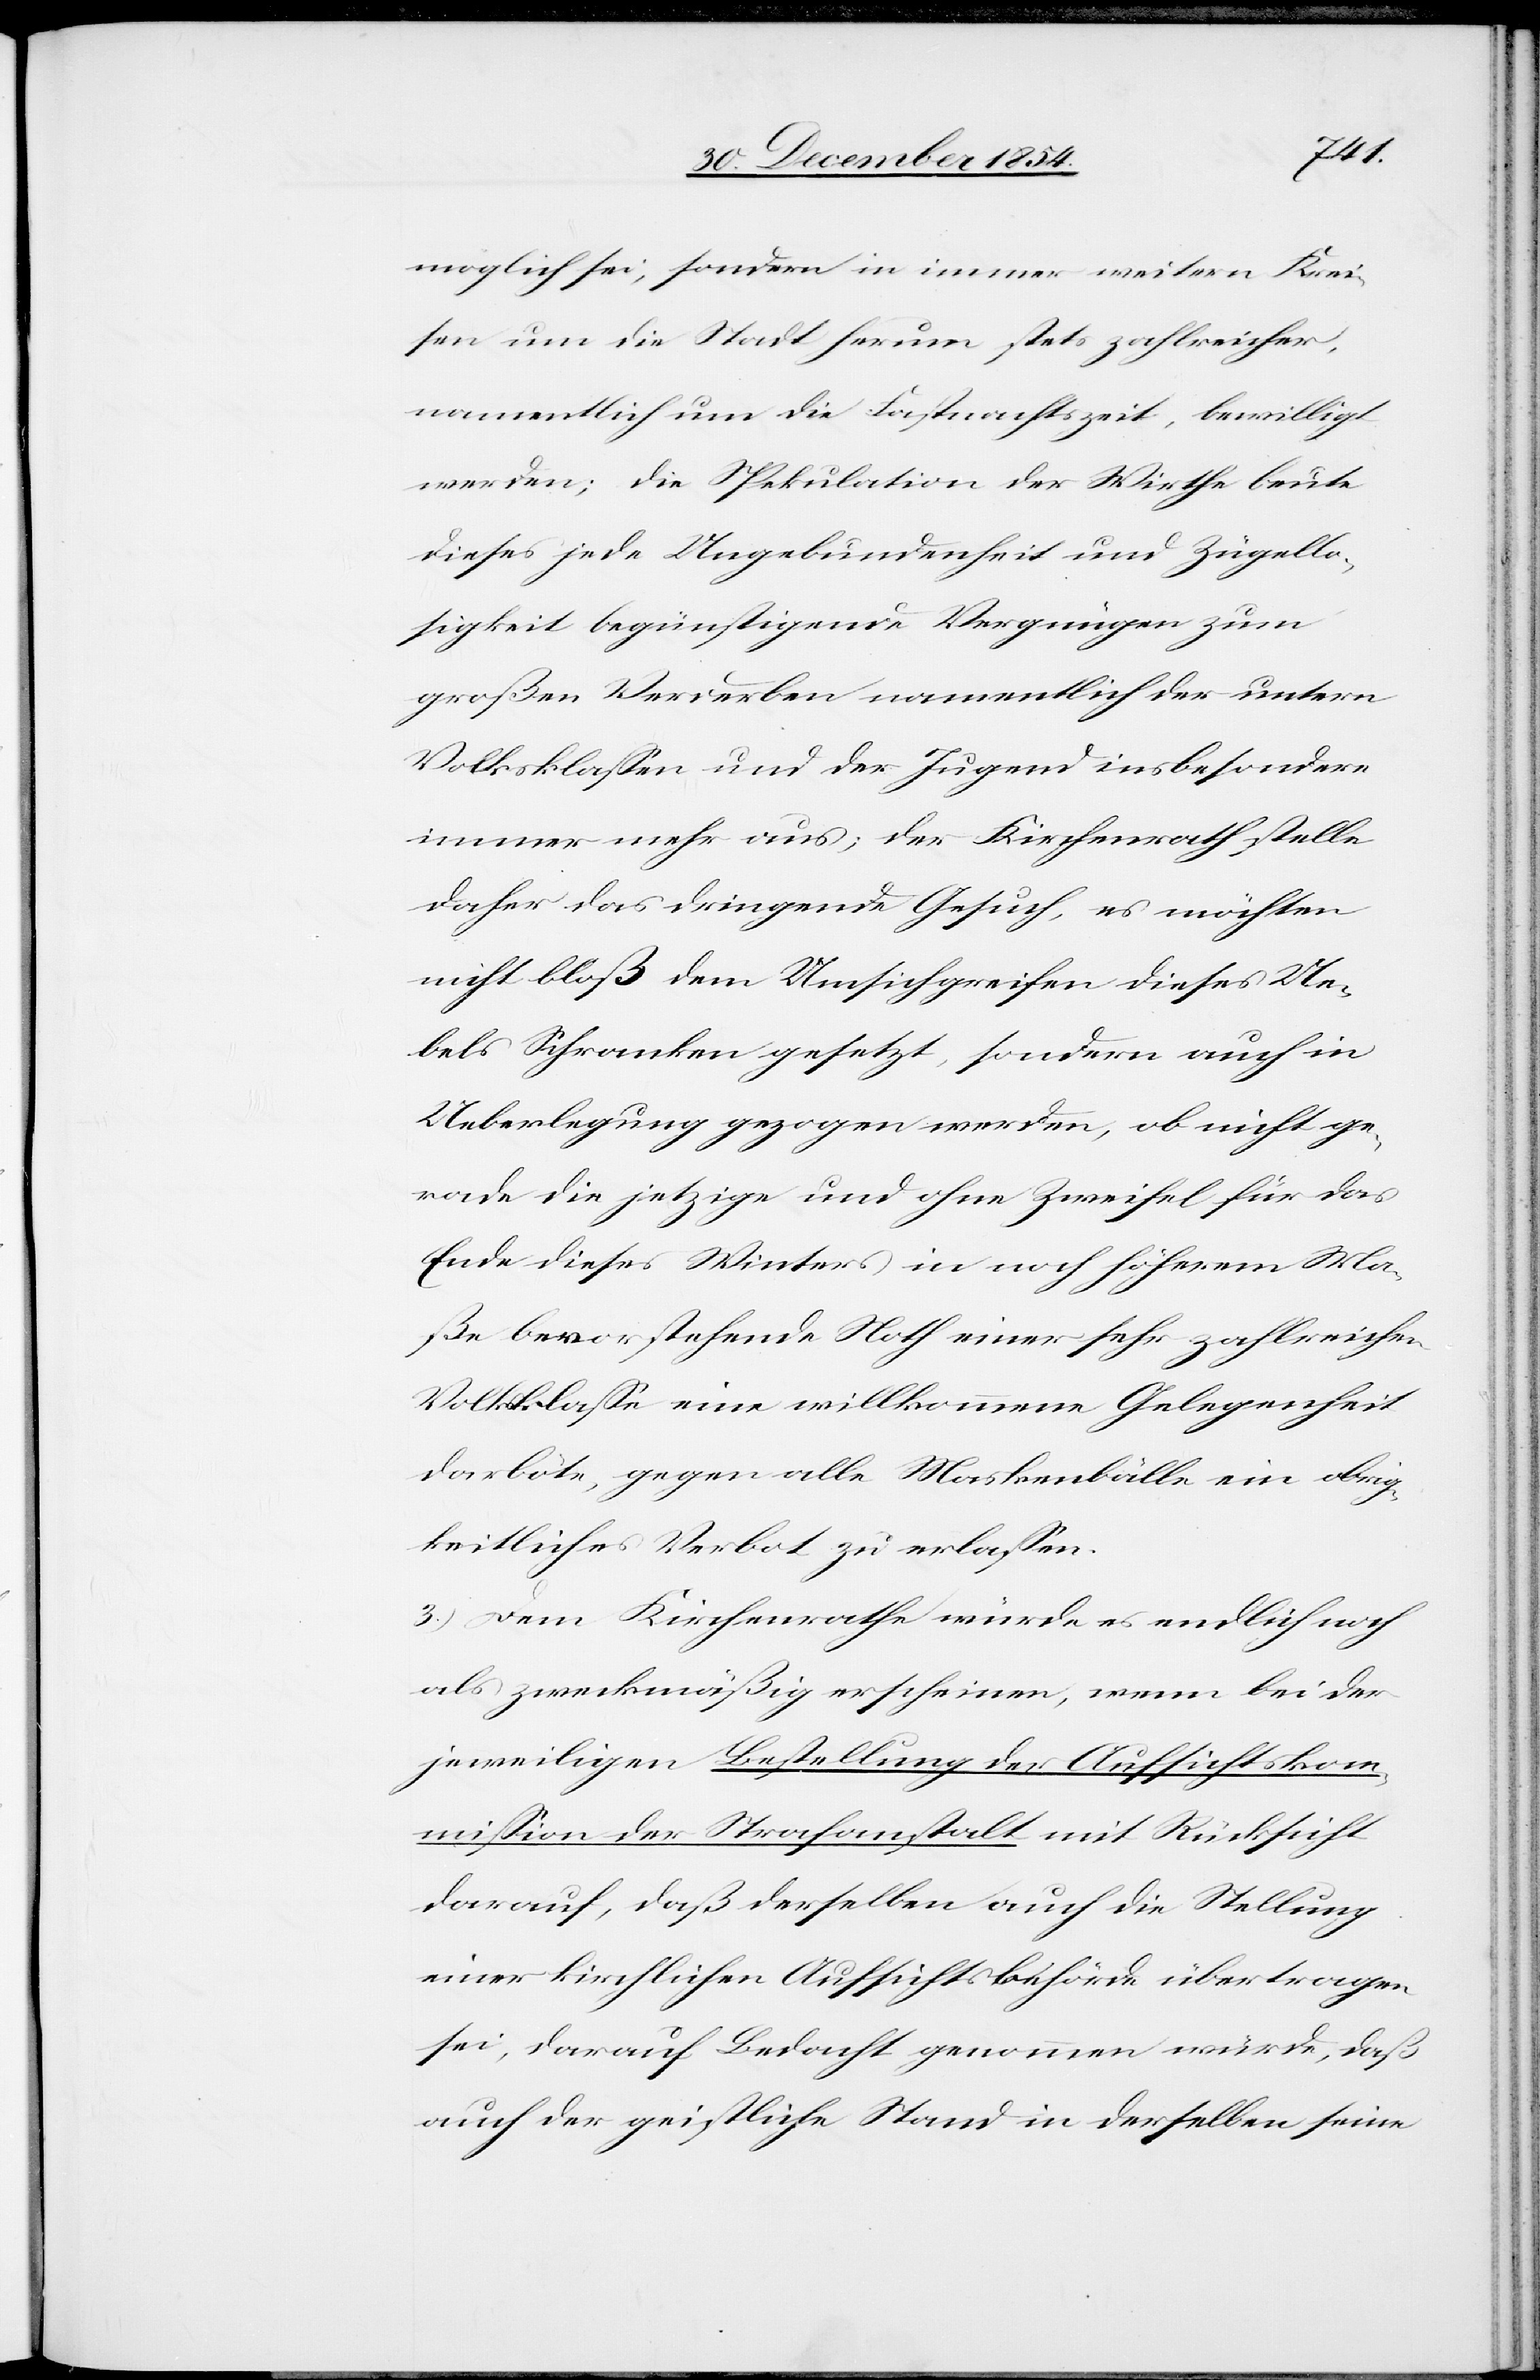
möglich sei, sondern in immer weitern Krei¬
sen um die Stadt herum stets zahlreicher,
namentlich um die Fastnachtszeit, bewilligt
werden; die Spekulation der Wirthe beute
diese jede Ungebundenheit und Zügello¬
sigkeit begünstigende Vergnügen zum
großen Verderben namentlich der untern
Volksklaßen und der Jugend insbesondere
immer mehr aus; der Kirchenrath stelle
daher das dringende Gesuch, es möchten
nicht bloß dem Umsichgreifen dieses Ue¬
bels Schranken gesetzt, sondern auch in
Ueberlegung gezogen werden ob nicht ge¬
rade die jetzige und ohne Zweifel für das
Ende dieses Winters in noch höherem Ma¬
ße bevorstehende Noth einer sehr zahlreichen
Volksklaße eine willkommene Gelegenheit
darböte, gegen alle Maskenbälle ein obrig¬
keitliches Verbot zu erlaßen.
3.) Dem Kirchenrathe würde es endlich noch
als zweckmäßig erscheinen, wenn bei der
jeweiligen Bestellung der Aufsichtskom¬
mißion der Strafanstalt mit Rücksicht
darauf, daß derselben auch die Stellung
einer kirchlichen Aufsichtsbehörde übertragen
sei, darauf Bedacht genommen würde, daß
auch der geistliche Stand in derselben seine